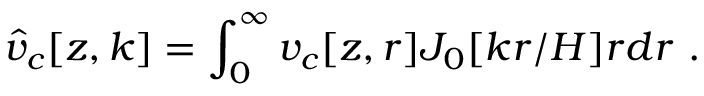
\hat { v } _ { c } [ z , k ] = \int _ { 0 } ^ { \infty } v _ { c } [ z , r ] J _ { 0 } [ k r / H ] r d { r } \ . \